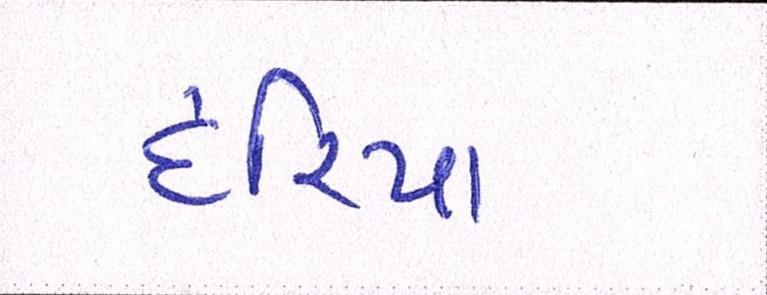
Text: દરિયા